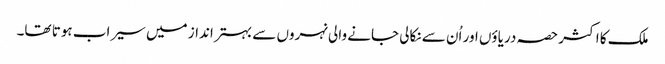
ملک کا اکثر حصہ دریاؤں اور اُن سے نکالی جانے والی نہروں سے بہتر انداز میں سیراب ہوتا تھا۔